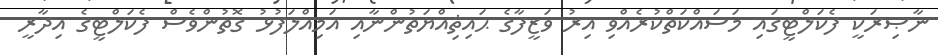
ނާޞިރަކީ ފެކަލްޓީގައި މަސައްކަތްކުރެއްވި އިރު ވަޒީފާގެ ޙައިޘިއްޔަތުންނާއި އަމިއްލަފުޅު ގޮތުންވެސް ފެކަލްޓީގެ އިދާރީ